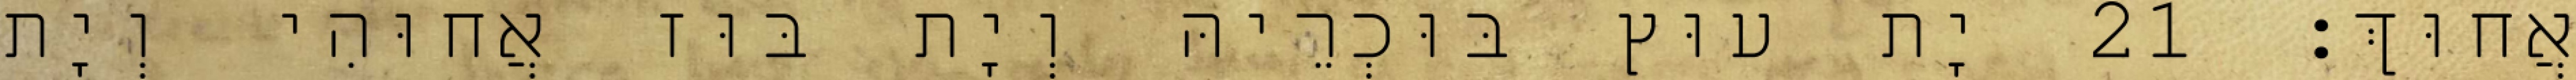
אֲחוּךְ׃ 21 יָת עוּץ בּוּכְרֵיהּ וְיָת בּוּז אֲחוּהִי וְיָת